Bréfritari: Björn Bjarnason
Viðtakandi: Jón Borgfirðings Jónsson
Dagsetning: A-1863-07-18
Skrifað á: Vöglum, Fnjóskadal  S-Þing.

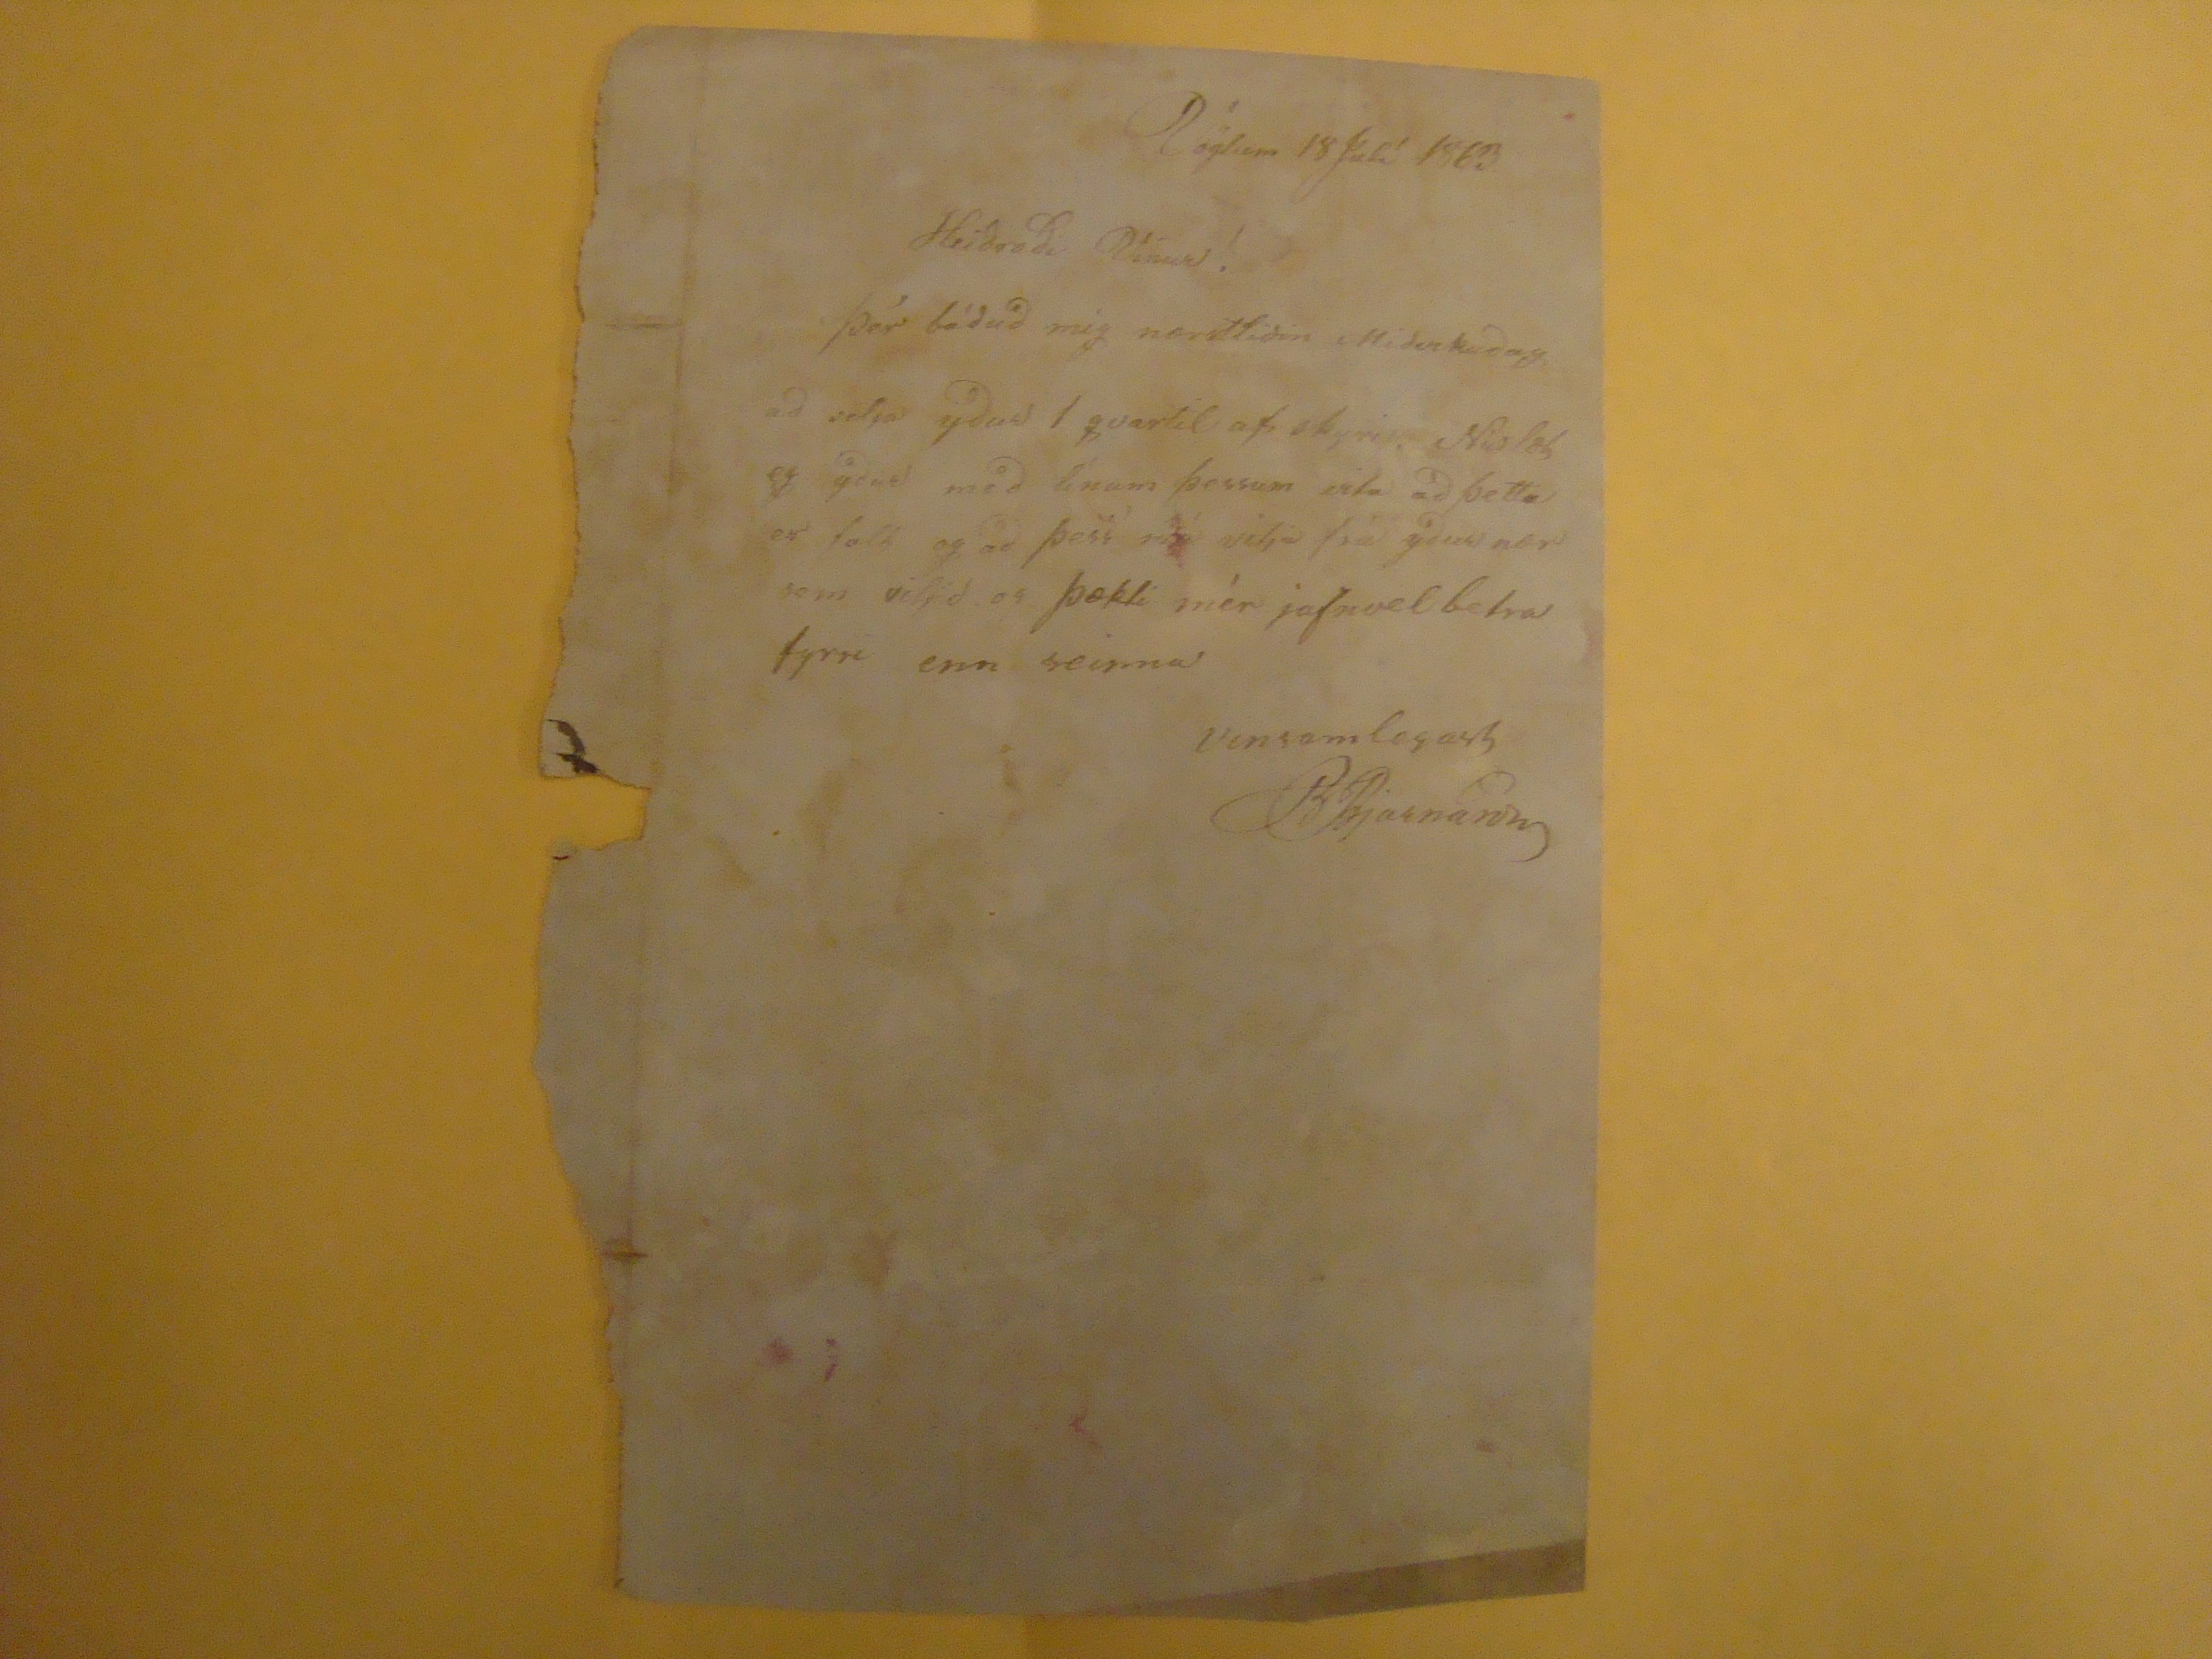

Vöglum 18 Julí 1863
Heiðraði Vinur!
Þér báðuð mig nærstliðin Miðvikudag að selja yður 1 qvartil af skyri Nú læt eg yður með línum þessum vita að þetta er falt og að þess má vitja frá yður nær sem viljið og þækti mér jafnvel betra fyrr en seinna
vinsamlegast
BBjarnason